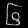
Digit: ၆